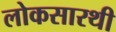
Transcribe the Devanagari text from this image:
लोकसारथी